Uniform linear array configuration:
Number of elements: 24
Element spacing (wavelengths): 0.25
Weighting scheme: kaiser
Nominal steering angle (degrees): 0
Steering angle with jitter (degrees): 1.355
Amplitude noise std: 0.05
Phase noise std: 0.05

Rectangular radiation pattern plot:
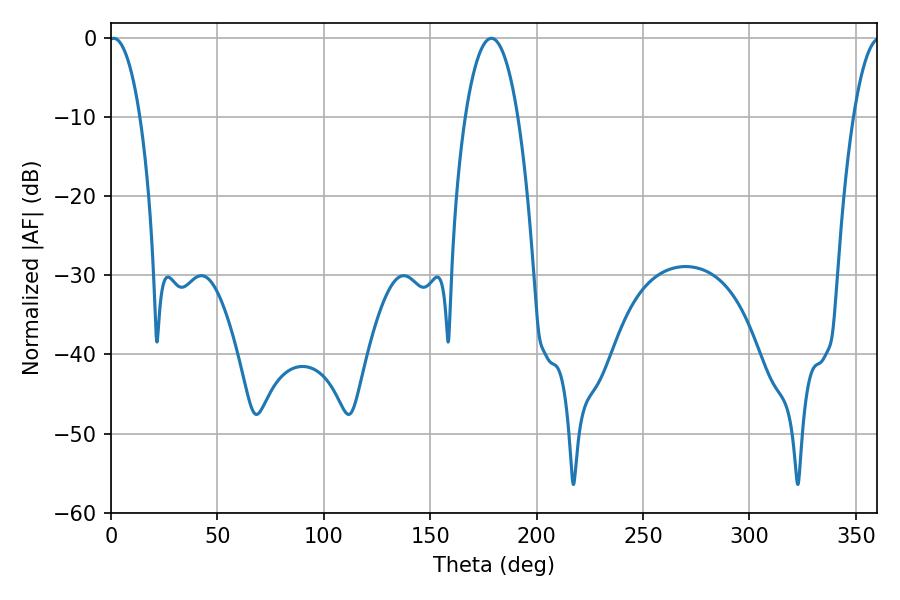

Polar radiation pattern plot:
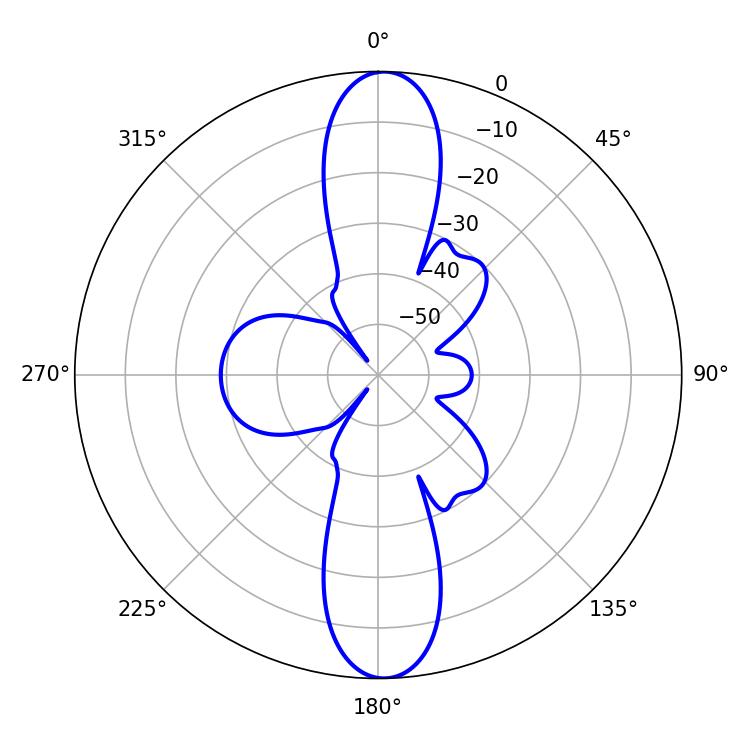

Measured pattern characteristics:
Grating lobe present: FALSE
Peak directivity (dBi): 22.812
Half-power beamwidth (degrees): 8.1
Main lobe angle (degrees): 1.26